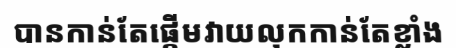
បានកាន់តែផ្តើមវាយលុកកាន់តែខ្លាំង